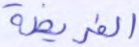
الفريضة